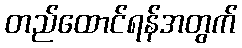
တည်ထောင်ရန်အတွက်